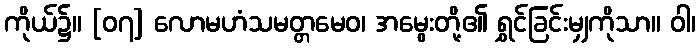
ကိုယ်၌။ [၀၇] လောမဟံသမတ္တမေဝ၊ အမွေးတို့၏ ရွှင်ခြင်းမျှကိုသာ။ ဝါ၊